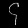
Digit: ၄